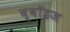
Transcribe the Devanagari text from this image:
ब्वॉइज